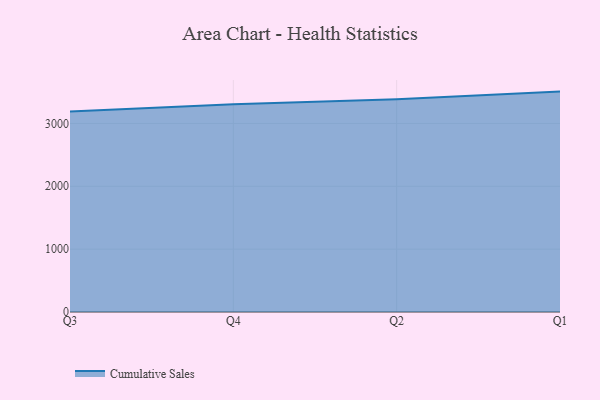
{"axis": {"x": "Quarter", "y": "Satisfaction Score"}, "legend": ["Cumulative Sales"], "data": [{"x": "Q3", "y": 3191.3, "type": "Cumulative Sales"}, {"x": "Q4", "y": 3304.9, "type": "Cumulative Sales"}, {"x": "Q2", "y": 3385.4, "type": "Cumulative Sales"}, {"x": "Q1", "y": 3506.5, "type": "Cumulative Sales"}]}